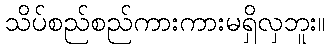
သိပ်စည်စည်ကားကားမရှိလှဘူး။